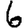
Digit: 6